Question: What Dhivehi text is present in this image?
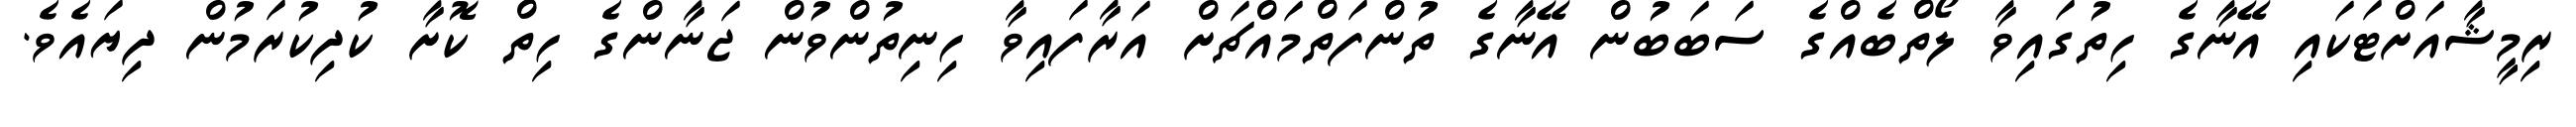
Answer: ރިމީޝާއަށްޓަކައި އޭނާގެ ހިތުގައިވާ ލޯތްބެއްގެ ސަބަބުން އޭނާގެ ތުންފަތްމައްޗަށް އަރާފައިވާ ހިނިތުންވުން ޖަނާންގެ ހިތް ކޮށާ ކުދިކުރަމުން ދިޔައެވެ.